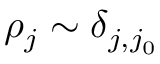
\rho _ { j } \sim \delta _ { j , j _ { 0 } }